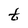
Character: t